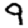
Digit: 9